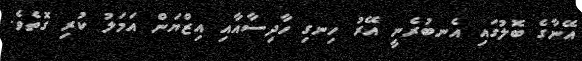
އޭނާގެ ބޮލުގައި އެނބުރެނީ އޭރު ހިނގި ހާދިސާއާއި އިޒްޔަން އަމަލު ކުރި ގޮތެވެ.